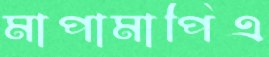
মাপামাপিএ